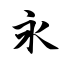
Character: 永